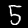
Label: 5